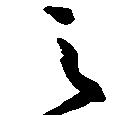
之